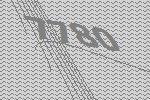
7780